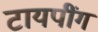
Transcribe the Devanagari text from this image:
टायपींग